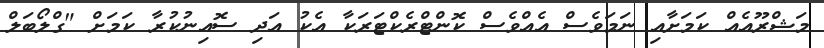
މަޝްރޫއެއް ކަމަށާއި ނަމަވެސް އެއްވެސް ކޮންޓްރެކްޓަރަކާ އެކު އަދި ސޮއިނުކުރާ ކަމަށް "ގްލޯބަލް